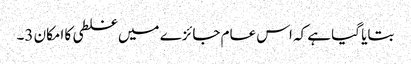
بتایا گیا ہے کہ اس عام جائزے میں غلطی کا امکان 3۔